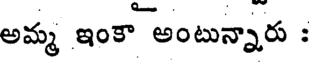
అమ్మ ఇంకా అంటున్నారు :